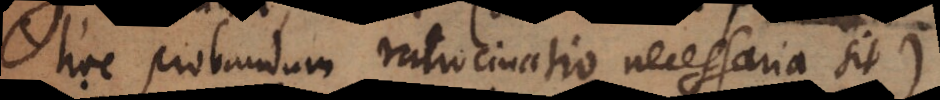
hoc probandum ratiocinatio necessaria sit),